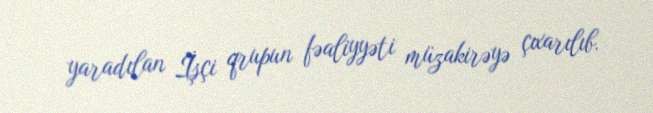
yaradılan İşçi qrupun fəaliyyəti müzakirəyə çıxarılıb.